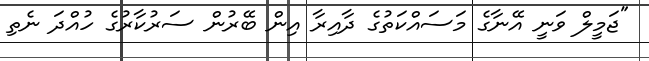
"ޖަމީލް ވަނީ އޭނާގެ މަސައްކަތުގެ ދާއިރާ އިން ބޭރުން ސަރުކާރުގެ ހުއްދަ ނެތި